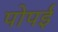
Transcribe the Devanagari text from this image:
पोपई